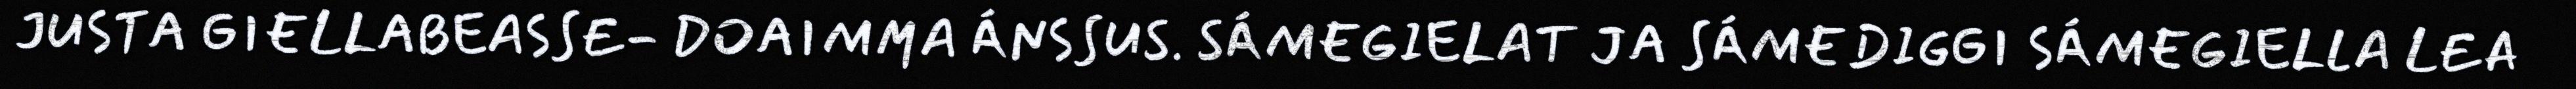
JUSTA GIELLABEASSE- DOAIMMA ÁNSSUS. SÁMEGIELAT JA SÁMEDIGGI SÁMEGIELLA LEA